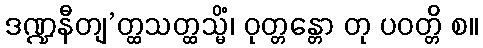
ဒဏ္ဍနီတျ’တ္ထသတ္ထသ္မိံ၊ ဝုတ္တန္တော တု ပဝတ္တိ စ။